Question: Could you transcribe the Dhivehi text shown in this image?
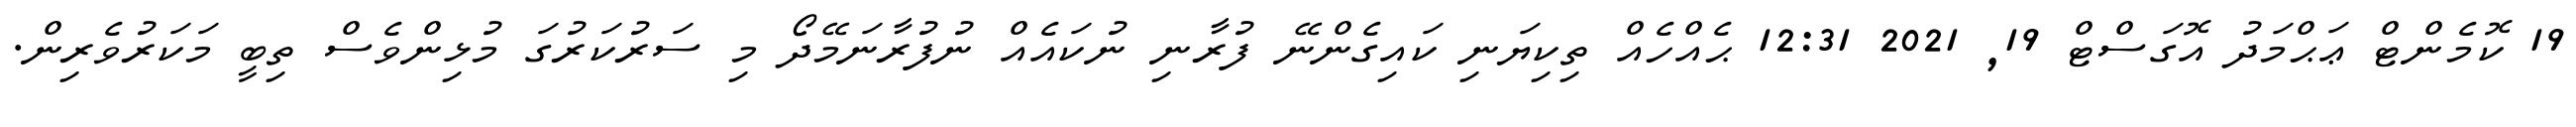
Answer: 19 ކޮމެންޓް ޢަޙްމަދު އޮގަސްޓް 19, 2021 12:31 ޙެއްހެއް ތިކިޔަނި ކައިގެންނޭ ފުރާނި ނުކައެއް ނުފުރާނަމޭދޯ މި ސަރުކަރުގަ މުޅިންވެސް ތިބީ މަކަރުވެރިން.